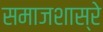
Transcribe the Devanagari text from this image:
समाजशास्रे